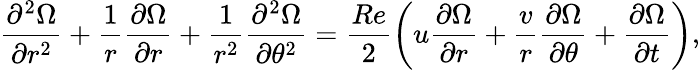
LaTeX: \frac{\partial^{2}\Omega}{\partial r^{2}}+\frac{1}{r}\frac{\partial\Omega}{\partial r}+\frac{1}{r^{2}}\frac{\partial^{2}\Omega}{\partial\theta^{2}}=\frac{Re}{2}\left(u\frac{\partial\Omega}{\partial r}+\frac{v}{r}\frac{\partial\Omega}{\partial\theta}+\frac{\partial\Omega}{\partial t}\right),